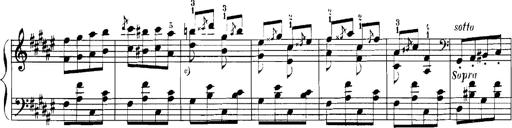
Title: Rhapsodies hongroises
Composer: Franz Liszt